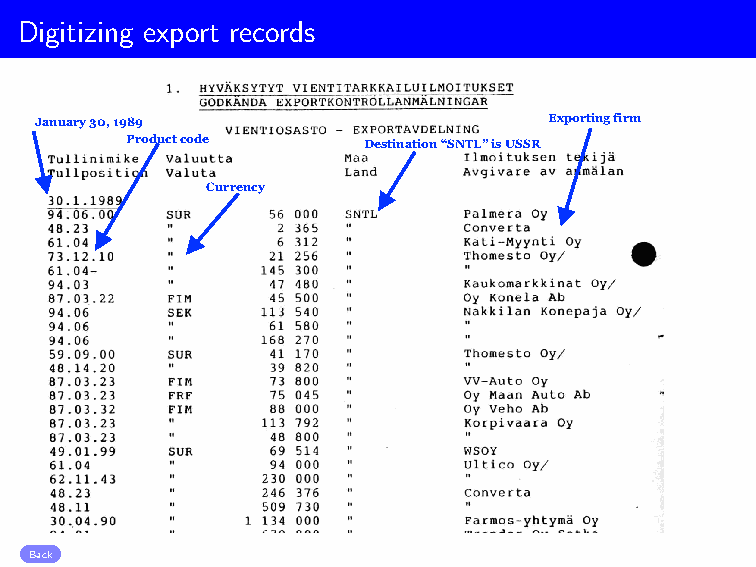
Digitizing export records
 January 30, 1989                  Exporting firm
 Product code    Destination “SNTL” is USSR
 Currency
 Back